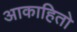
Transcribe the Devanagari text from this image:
आकाहितो